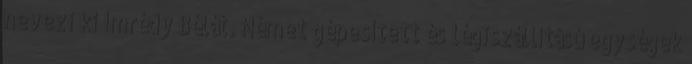
nevezi ki Imrédy Bélát. Német gépesített és légiszállítású egységek